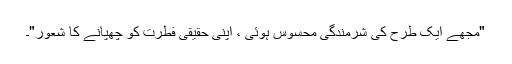
"مجھے ایک طرح کی شرمندگی محسوس ہوئی ، اپنی حقیقی فطرت کو چھپانے کا شعور"۔